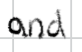
Text: and
Cross-out: clean
Writing tool: digital_black